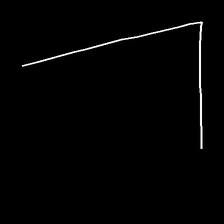
Glyph: region